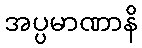
အပ္ပမာဏာနိ